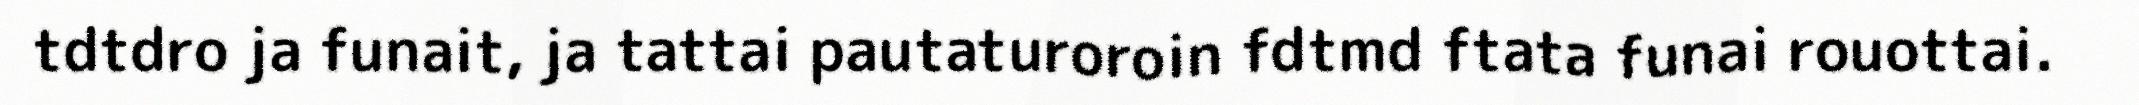
tdtdro ja funait, ja tattai pautaturoroin fdtmd ftata funai rouottai.